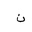
Letter: _non